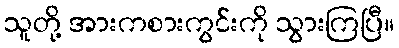
သူတို့ အားကစားကွင်းကို သွားကြပြီ။